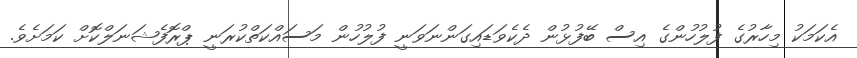
އެކަމަކު މިހާރުގެ ފުލުހުންގެ އިސް ބޭފުޅުން ދެކެވަޑައިގަންނަވަނީ ފުލުހުން މަސައްކަތްކުރަނީ ޕްރޮފެޝަނަލްކޮށް ކަމަށެވެ.